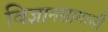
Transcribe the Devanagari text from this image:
विज्ञानसागरजी